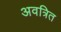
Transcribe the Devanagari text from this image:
अवत्रित